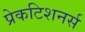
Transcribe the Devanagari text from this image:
प्रेकटिशनर्स